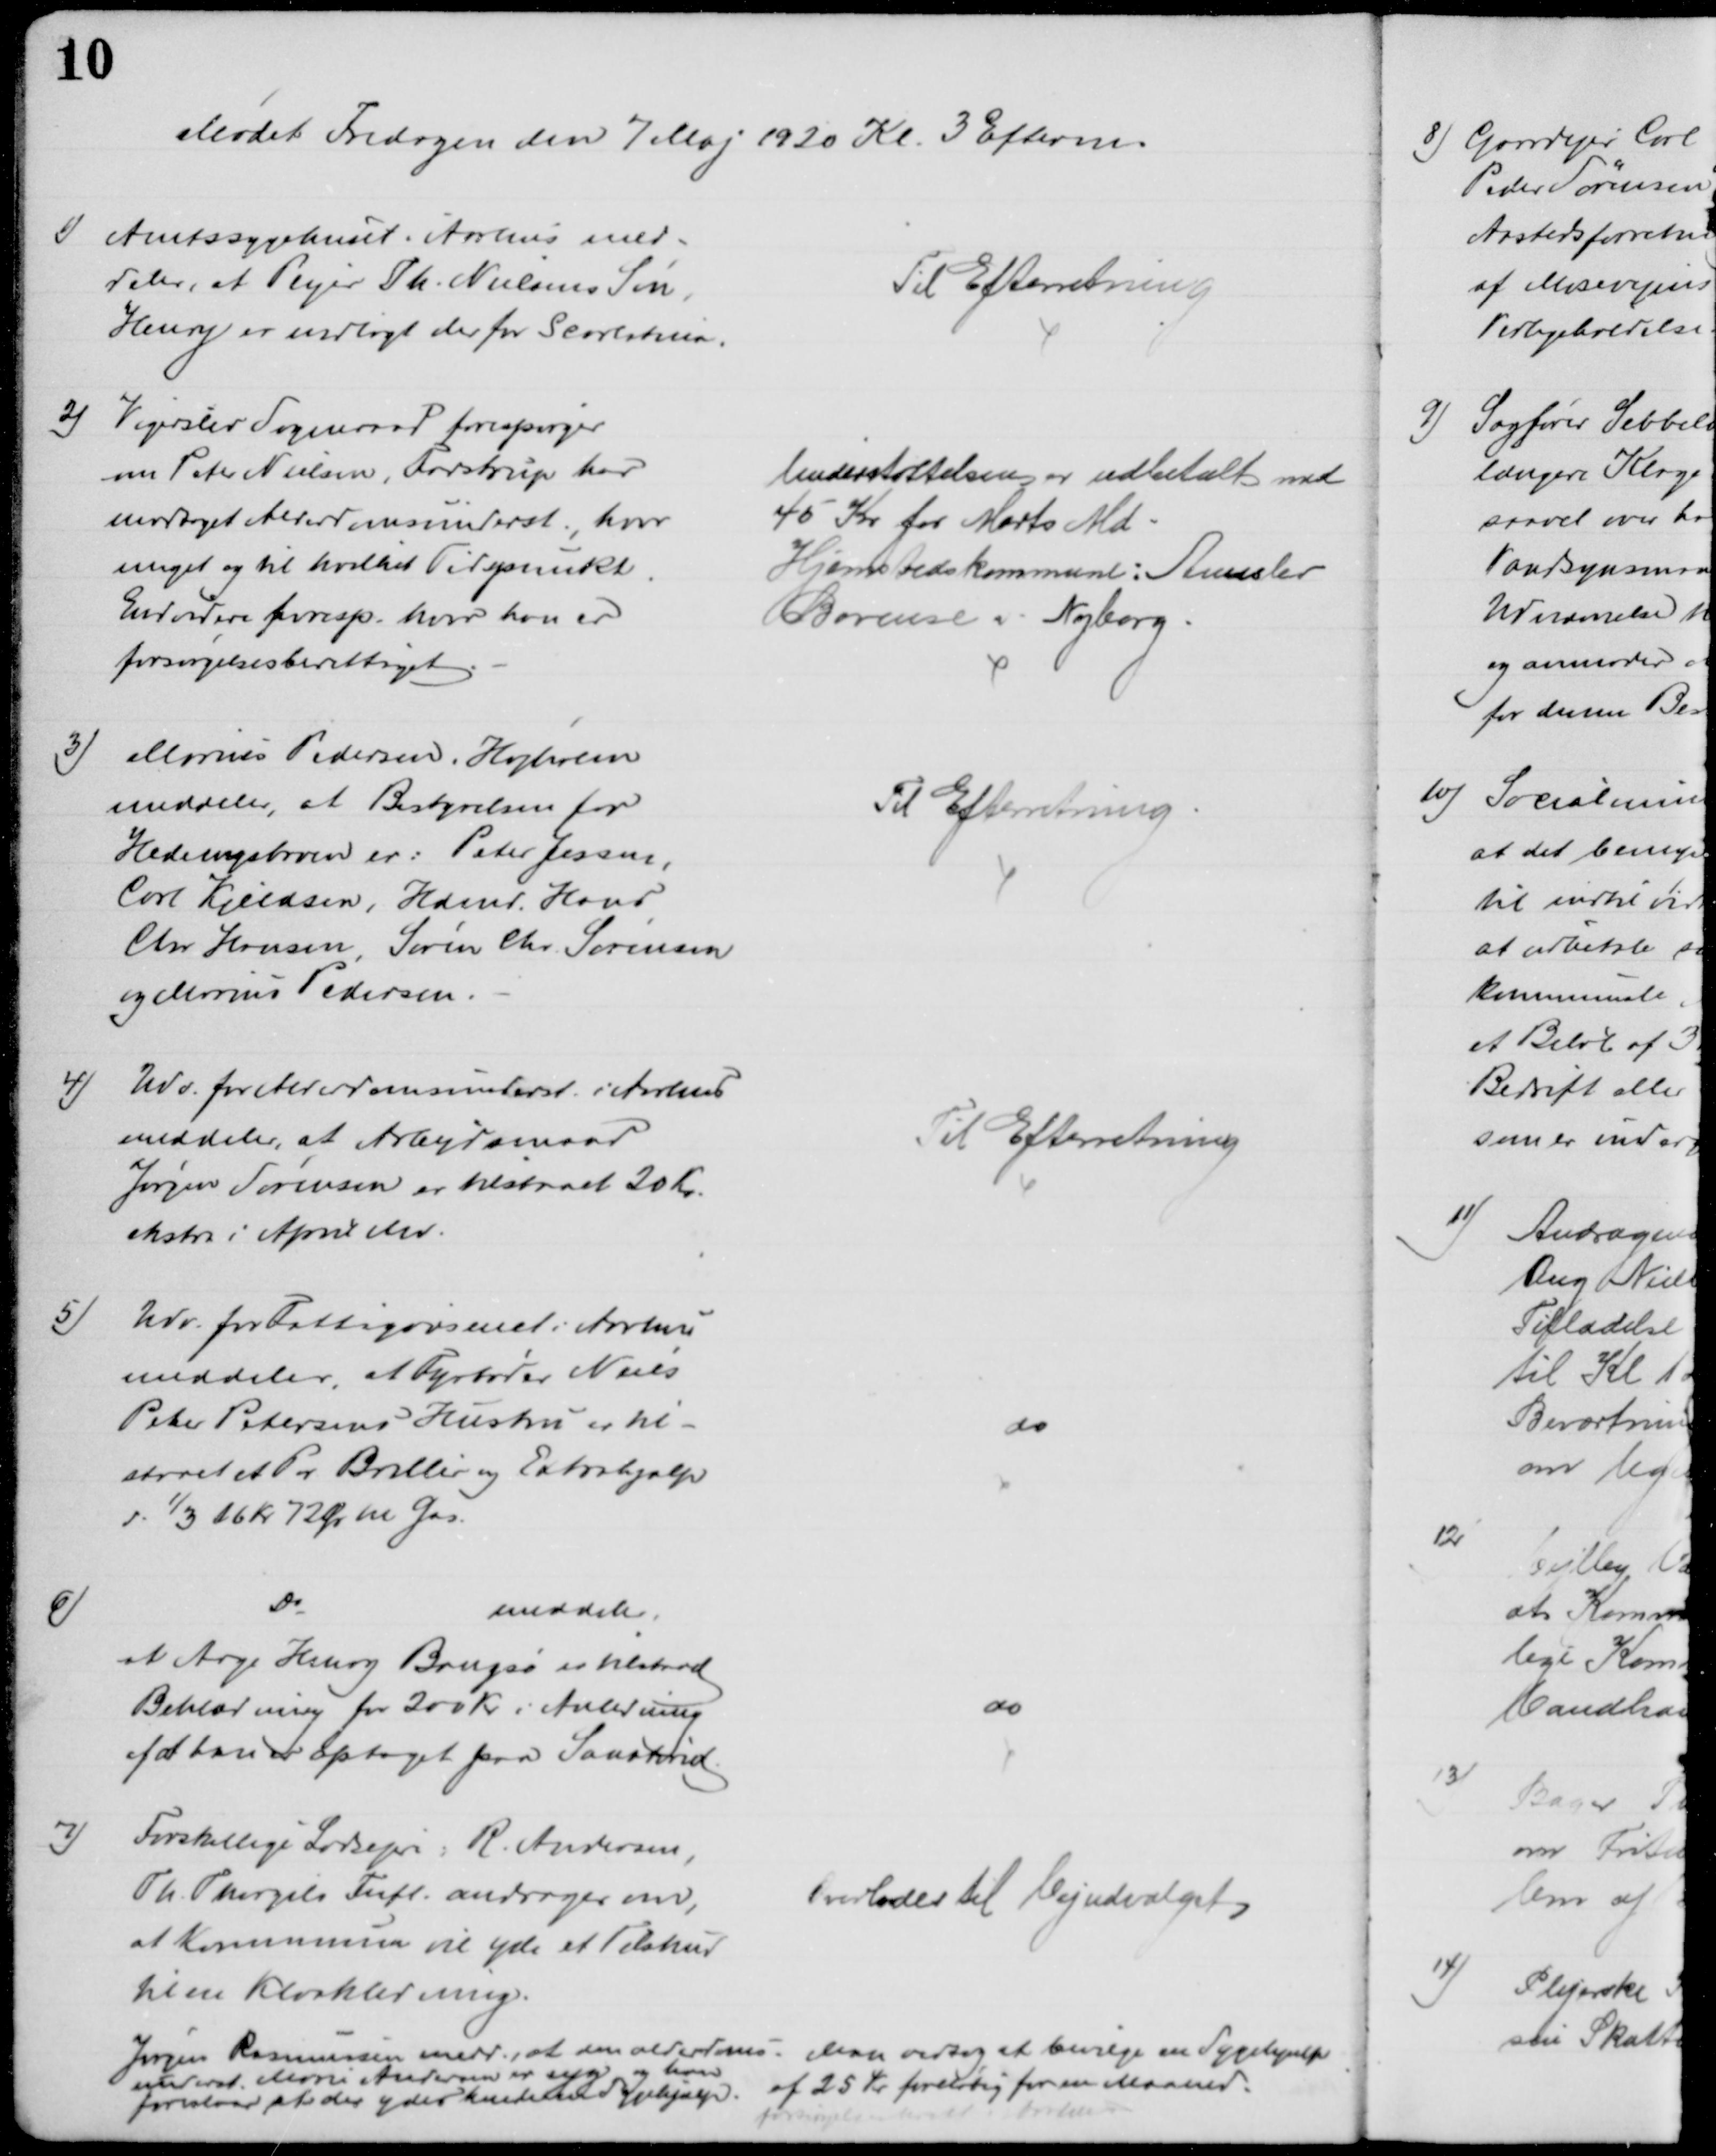
Transskription:
Mødet Fredagen den 7 Maj 1920 Kl. 3 Efterm.
1)
Amtssygehuset i Aarhus med-
deler, at Plejer Th. Nielsens Søn,
Henry er indlagt der for Scarlatina.
Til Efterretning
2)
Vigerslev Sogneraad forespørger
om Peter Nielsen, Farstrup har
modtaget Alderdomsunderst., hvor
meget og til hvilket Tidspunkt
Endvidere foresp. hvor han er
forsørgelsesberettiget
Understøttelsen er udbetalt med 
45 Kr for Marts Md.
Hjemstedskommune: Aunslev
Bovense i Nyborg.
3)
Marius Pedersen, Højholm
meddeler, at Bestyrelsen for
Hedeengsbroen er: Peter Jessen,
Carl Kjeldsen, Hdmd. Hans
Chr Hansen, Søren Chr. Sørensen
og Marius Pedersen.
Til Efterretning
4)
Udv. for Alderdomsunderst. i Aarhus
meddeler, at Arbejdsmand
Jørgen Sørensen er tilstaaet 20 Kr
ekstra i April Md.
Til Efterretning
5)
Udv. for Fattigvæsenet i Aarhus
meddeler, at Fyrbøder Niels
Peter Petersens Hustru er til-
staaet et Pr Briller og Extrahjælp
d. 1/3 16 Kr 72 Ør til Gas.
do
6)
Do
meddeler,
at Aage Henry Bangsø er tilstaaet
Beklædning for 200 Kr i Anledning
af at han er optaget paa Sanatoriet.
do
7)
Forskellige Lodsejere, R. Andersen,
Th. Thorgils Fnfl. andrager om,
at Kommunen vil yde et Tilskud
til en Kloakledning.
Overlodes til Vejudvalget
Jørgen Rasmussen medd., at den alderdoms-
underst. Marie Andersen er syg og han
foreslaar, at der ydes hende en Sygehjælp
Man vedtog at bevilge en Sygehjælp
af 25 Kr foreløbig for en Maaned.
forsørgelsesberettiget i Aarhus